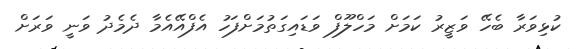
ކުޅިވަރާ ބެހޭ ވަޒީރު ކަމަށް މަހްލޫފް ވަޑައިގަތުމަށްފަހު އެފްއޭއެމާ ދެމެދު ވަނީ ވަރަށް